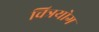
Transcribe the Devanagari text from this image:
चित्रयोग